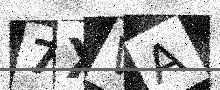
Text: 7XVA